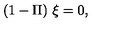
( 1 - \Pi ) \ \xi = 0 ,